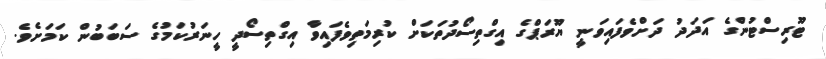
ޓޫރިސްޓުންގެ އަދަދު ދަށްވެފައިވަނީ ޔޫރަޕްގެ އިގްތިސޯދުތަކަށް ކުރިމަތިވެފައިވާ އިގްތިސޯދީ ހީނަރުކަމުގެ ސަބަބުން ކަމަށެވެ.